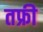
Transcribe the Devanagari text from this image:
तफ्री